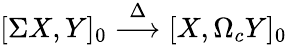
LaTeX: [\Sigma X,Y]_{0}\stackrel{\Delta}{\longrightarrow}[X,\Omega_{c}Y]_{0}